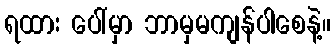
ရထား ပေါ်မှာ ဘာမှမကျန်ပါစေနဲ့။